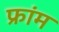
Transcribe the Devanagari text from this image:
फ्रांम